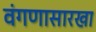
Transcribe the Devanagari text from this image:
वंगणासारखा